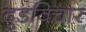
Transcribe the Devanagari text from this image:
दुडविचार